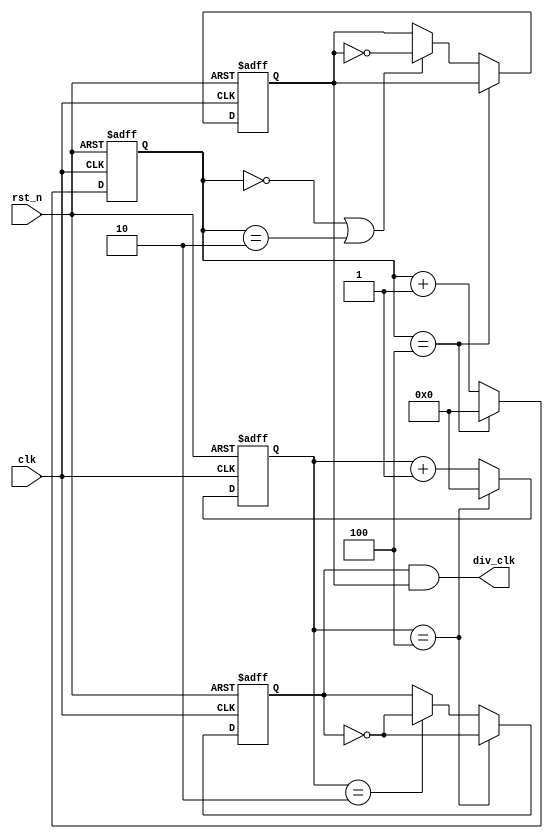

//M0.5

module div_half_n #(
    parameter M = 2
) (
    input wire  clk,
    input wire  rst_n,
    output wire div_clk
);
    
reg [3:0] cnt1, cnt2;
reg div1, div2;

always @(posedge clk or negedge rst_n) begin
    if (~rst_n) begin
        cnt1 <= 0;
        div1 <= 1;
    end
    else begin
        if (cnt1 == 2*M ) begin
            cnt1 <= 0;
            div1 <= ~div1;
        end
        else begin
            cnt1 <= cnt1 + 1;
            if (cnt1 == M) begin
                div1 = ~div1;
            end
        end
    end
end

always @(negedge clk or negedge rst_n) begin
    if (~rst_n) begin
        cnt2 <= 0;
        div2 <= 1;
    end
    else begin
       

        if (cnt2 == 2*M ) begin
            cnt2 <= 0;
        end
        else begin
            cnt2 <= cnt2 + 1;
            if (cnt2 == 0 || cnt2 == 2) begin
                div2 <= ~div2;
            end
        end
    end
end

assign div_clk = div1 & div2;

endmodule